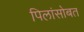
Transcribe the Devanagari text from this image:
पिलांसोबत